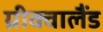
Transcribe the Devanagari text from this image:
ग्रीक्वालैंड